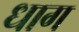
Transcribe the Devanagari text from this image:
धाग